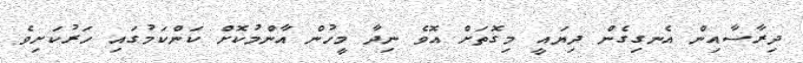
ދިރާސާއިން އެނގިގެން ދިޔައީ މިގޮތަށް އޮވެ ނިދާ މީހުން އާންމުކޮށް ކަންކަމުގައި ހަރުކަށިވެ